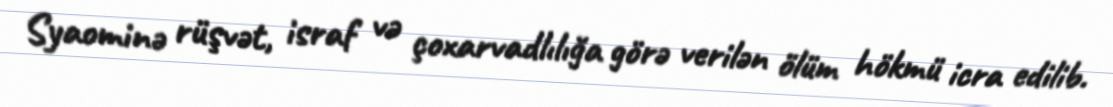
Syaominə rüşvət, israf və çoxarvadlılığa görə verilən ölüm hökmü icra edilib.